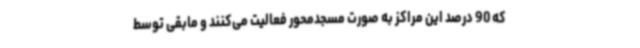
که 90 درصد این مراکز به صورت مسجدمحور فعالیت می‌کنند و مابقی توسط